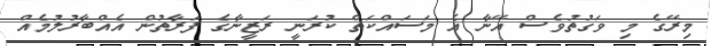
މިރޭގެ މި ވަގުތުވެސް އޭނާ އެ މަސައްކަތް ކުރަނީ ރަޒީނާގެ ފަރާތުން އެއްބާރުލުމެއް